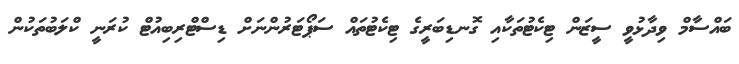
ބައްސާމް ވިދާޅުވީ ސީޒަން ޓިކެޓުތަކާއި ގޮނޑިބަރީގެ ޓިކެޓުތައް ސަޕޯޓަރުންނަށް ޑިސްޓްރިބިއުޓް ކުރަނީ ކްލަބުތަކުން